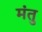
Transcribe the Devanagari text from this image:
मंतु